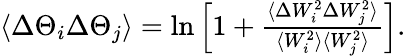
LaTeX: \begin{array}{r}{\langle\Delta\Theta_{i}\Delta\Theta_{j}\rangle=\ln\left[1+\frac{\langle\Delta W_{i}^{2}\Delta W_{j}^{2}\rangle}{\langle W_{i}^{2}\rangle\langle W_{j}^{2}\rangle}\right].}\end{array}